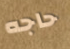
حاجه